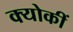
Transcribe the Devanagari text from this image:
क्योकीं